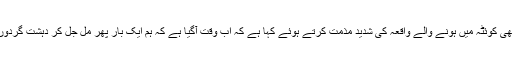
ڈیمو کریٹک صدارتی امیدوار ہیلری کلنٹن نے بھی کوئٹہ میں ہونے والے واقعہ کی شدید مذمت کرتے ہوئے کہا ہے کہ اب وقت آگیا ہے کہ ہم ایک بار پھر مل جل کر دہشت گردوں کے خلاف مربوط طریقے سے آپریشن کریں ۔